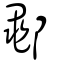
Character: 鄳